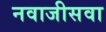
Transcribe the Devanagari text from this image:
नवाजीसवा